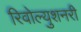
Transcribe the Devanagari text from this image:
रिवोल्युशनरी